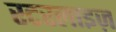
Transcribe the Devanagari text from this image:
स्टरलाइज़